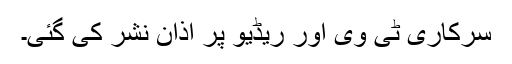
سرکاری ٹی وی اور ریڈیو پر اذان نشر کی گئی۔